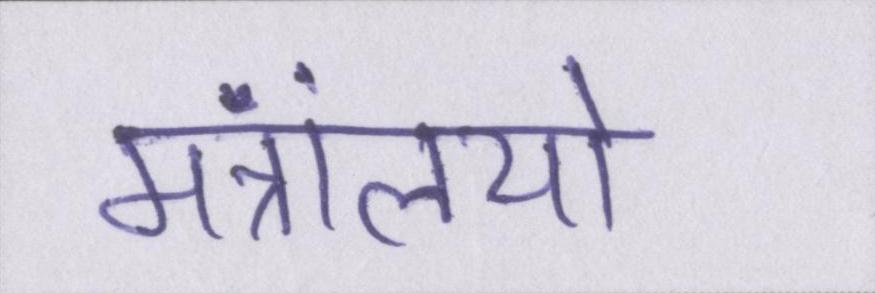
मंत्रालयों